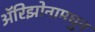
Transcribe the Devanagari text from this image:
अॅरिझोनामधुन